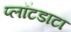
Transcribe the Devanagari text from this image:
प्लॉटडाटा